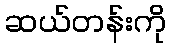
ဆယ်တန်းကို